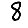
Digit: 8